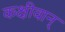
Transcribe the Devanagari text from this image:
कक्षीवान्‌